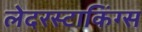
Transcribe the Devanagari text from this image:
लेदरस्टाकिंग्स